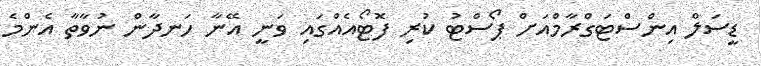
ޑީސަލް އިންސްޓަގްރާމްއަށް ޕޯސްޓު ކުރި ފޮޓޯއެއްގައި ވަނީ އޭނާ ހަނދާން ނުވާތާ އެންމެ